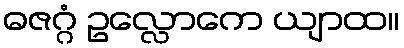
ဓဇဂ္ဂံ ဥလ္လောကေ ယျာထ။